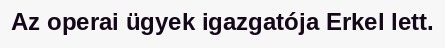
Az operai ügyek igazgatója Erkel lett.